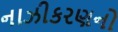
નાઝીકરણનો